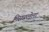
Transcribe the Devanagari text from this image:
मिसळलेला